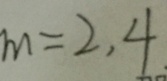
m = 2 , 4 .